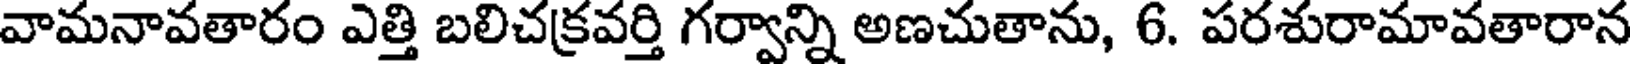
వామనావతారం ఎత్తి బలిచక్రవర్తి గర్వాన్ని అణచుతాను, 6. పరశురామావతారాన